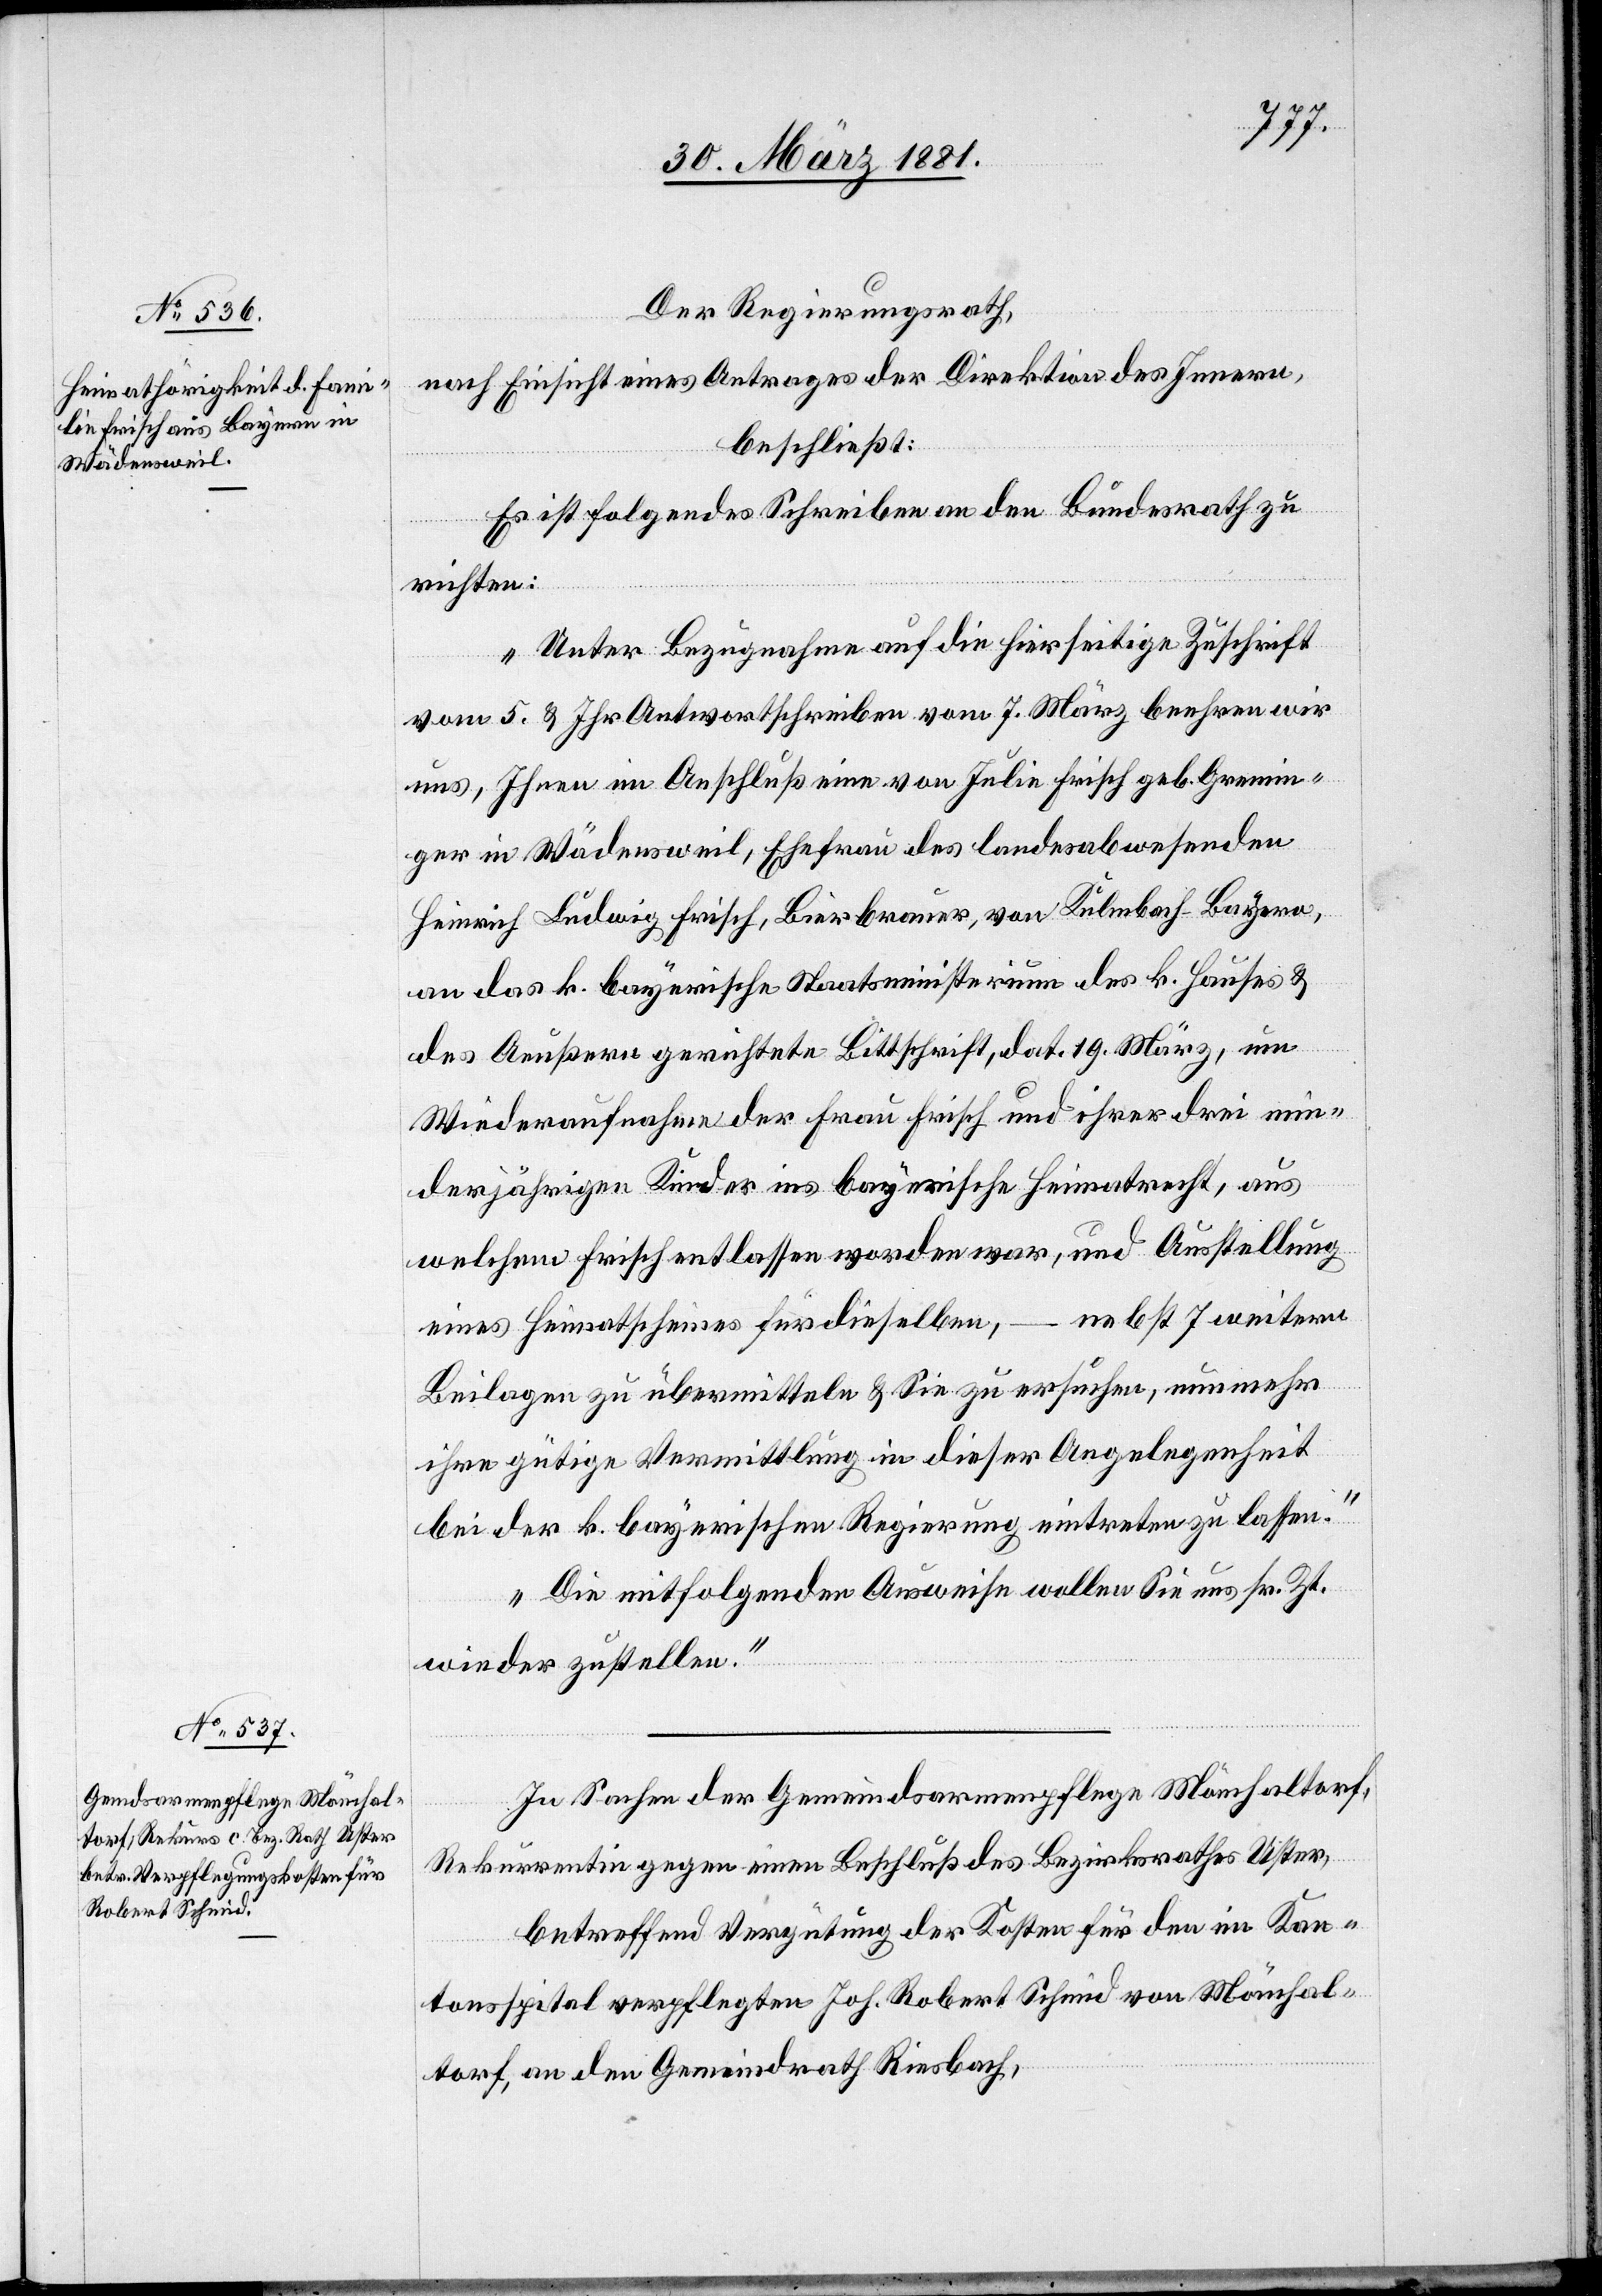
Der Regierungsrath,
nach Einsicht eines Antrages der Direktion des Innern,
beschließt:
Es ist folgendes Schreiben an den Bundesrath zu
richten:
„Unter Bezugnahme auf die hierseitige Zuschrift
vom 5. & ihr Antwortschreiben vom 7. März beehren wir
uns, Ihnen in Abschluß eine von Julie Frisch geb. Gremin¬
ger in Wädensweil, Ehefrau des landesabwesenden
Heinrich Ludwig Frisch, Bierbrauer, von Kulmbach - Bayern,
an das k. bayerische Staatsministerium des k. Hauses &
des Aeußern gerichtete Bittschrift, dat. 19. März, um
Wiederaufnahme der Frau Frisch und ihrer drei min¬
derjährigen Kinder ins bayerische Heimatrecht, aus
welchem Frisch entlassen worden war, und Ausstellung
nebst 7 weitern
eines Heimatscheines für dieselben,
Beilagen zu übermitteln & Sie zu ersuchen, nunmehr
ihre gütige Vermittlung in dieser Angelegenheit
bei der k. bayerischen Regierung eintreten zu lassen.
Die mitfolgenden Ausweise wollen Sie uns sr. Zt.
wieder zustellen.“
In Sachen der Gemeindsarmenpflege Mönchaltorf,
Rekurrentin gegen einen Beschluß des Bezirksrathes Uster,
betreffend Vergütung der Kosten für den im Kan¬
tonsspital verpflegten Joh. Robert Schmid von Mönchal¬
torf, an den Gemeindrath Riesbach,